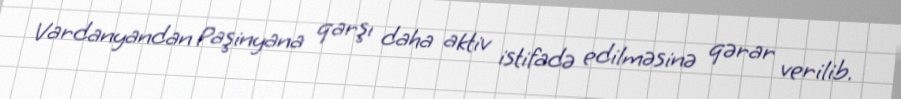
Vardanyandan Paşinyana qarşı daha aktiv istifadə edilməsinə qərar verilib.